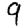
Digit: 9